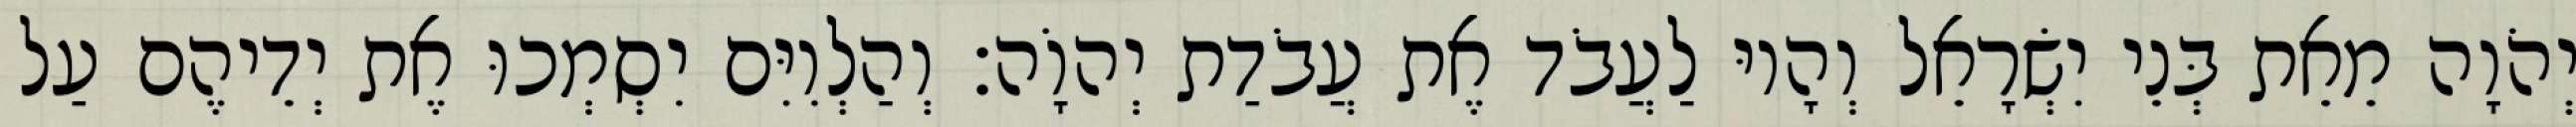
יְהֹוָה מֵאֵת בְּנֵי יִשְׂרָאֵל וְהָיוּ לַעֲבֹד אֶת עֲבֹדַת יְהוָֹה׃ וְהַלְוִיִּם יִסְמְכוּ אֶת יְדֵיהֶם עַל